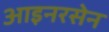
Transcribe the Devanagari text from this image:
आइनरसेन